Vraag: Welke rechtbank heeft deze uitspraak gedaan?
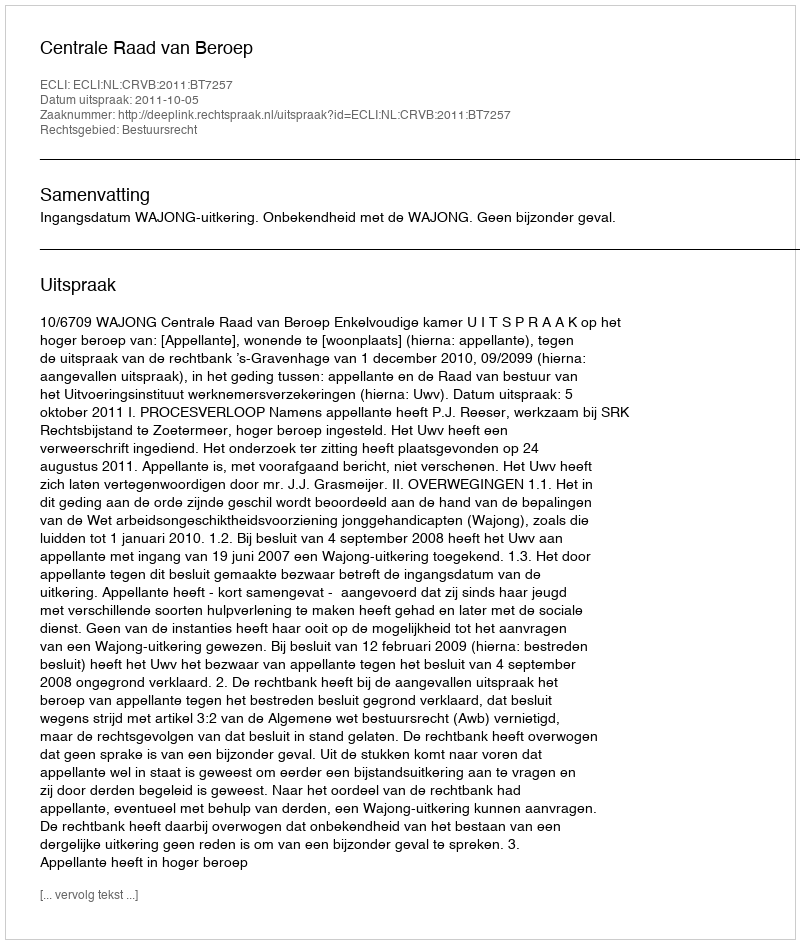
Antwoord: Centrale Raad van Beroep